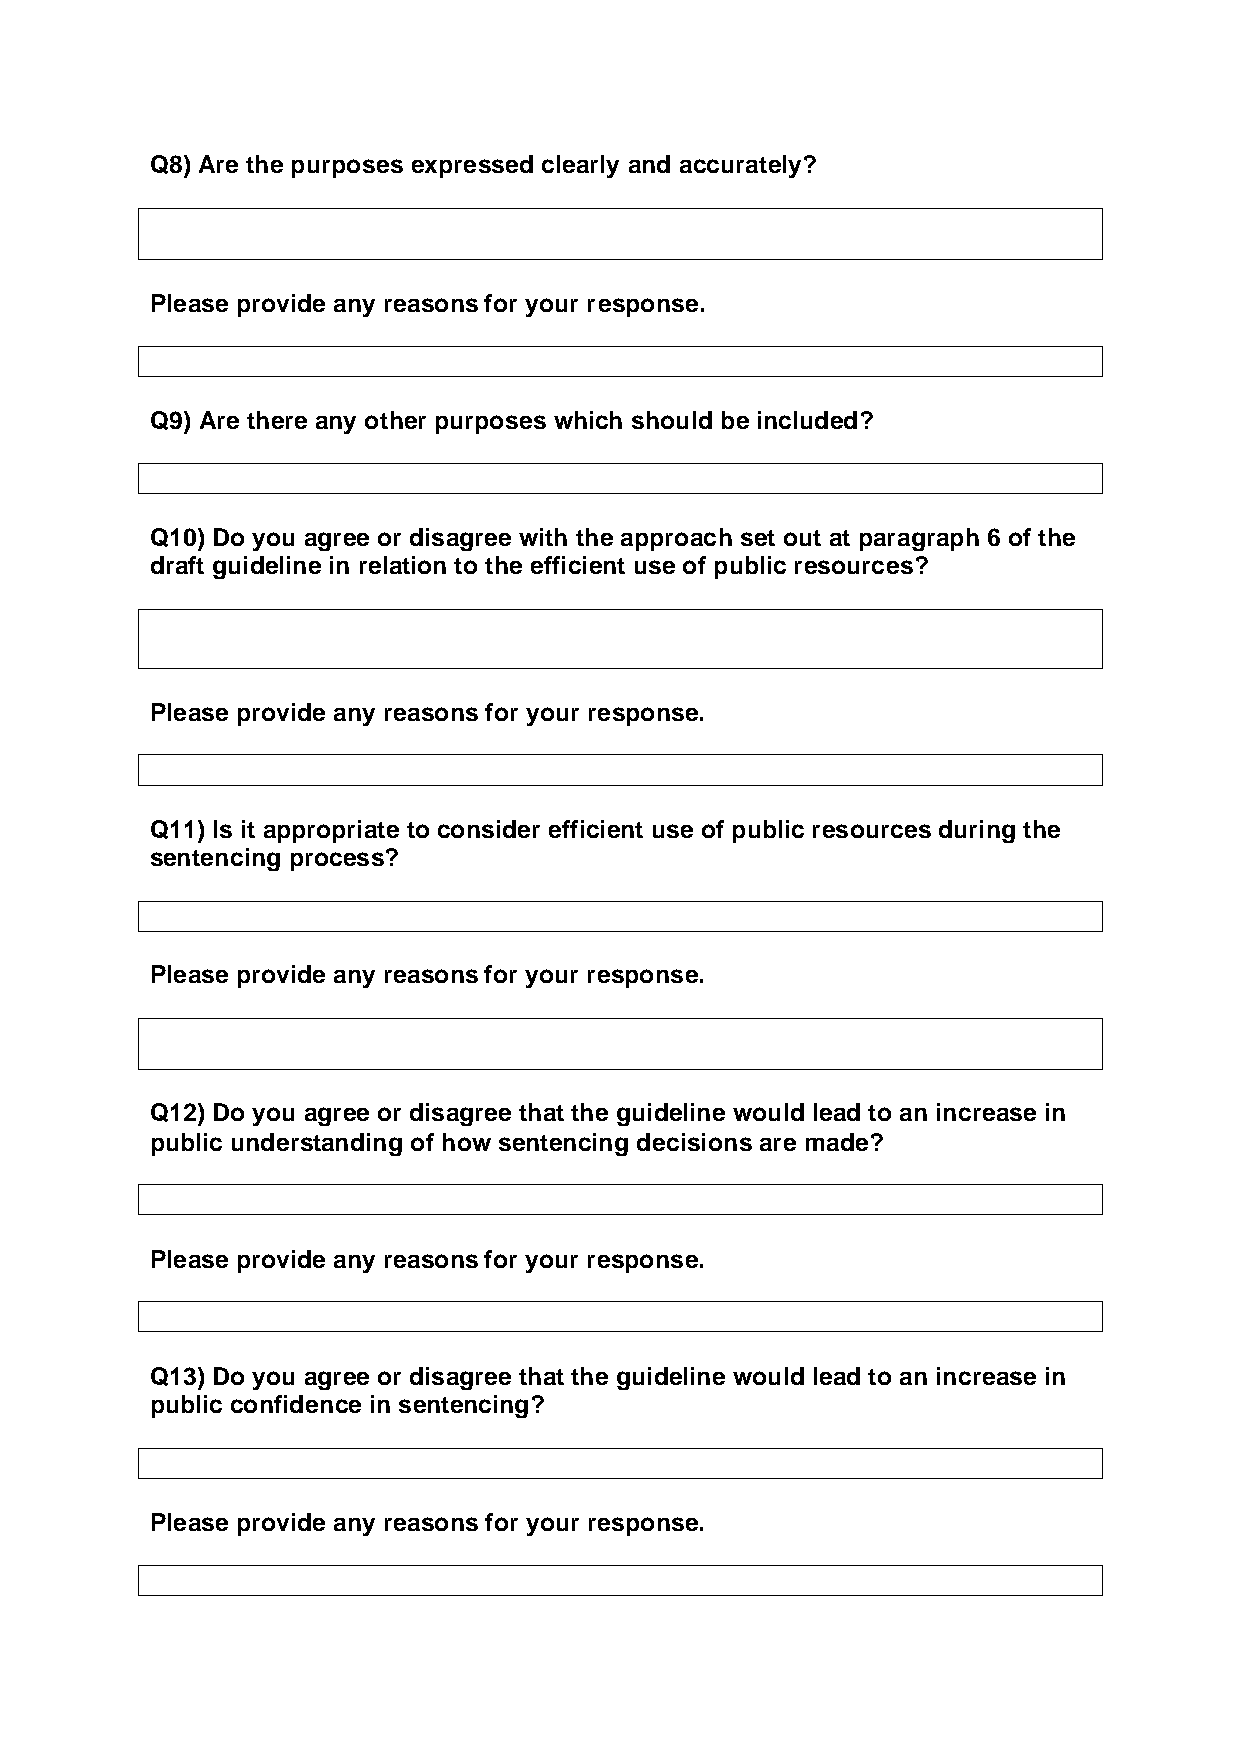
Q8) Are the purposes expressed clearly and accurately?
 Please provide any reasons for your response.
 Q9) Are there any other purposes which should be included?
 Q10) Do you agree or disagree with the approach set out at paragraph 6 of the
 draft guideline in relation to the efficient use of public resources?
 Please provide any reasons for your response.
 Q11) Is it appropriate to consider efficient use of public resources during the
 sentencing process?
 Please provide any reasons for your response.
 Q12) Do you agree or disagree that the guideline would lead to an increase in
 public understanding of how sentencing decisions are made?
 Please provide any reasons for your response.
 Q13) Do you agree or disagree that the guideline would lead to an increase in
 public confidence in sentencing?
 Please provide any reasons for your response.